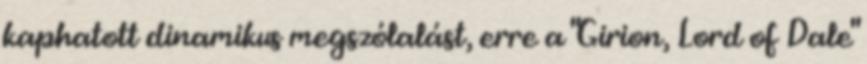
kaphatott dinamikus megszólalást, erre a "Girion, Lord of Dale"